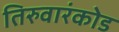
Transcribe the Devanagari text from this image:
तिरुवारंकोड